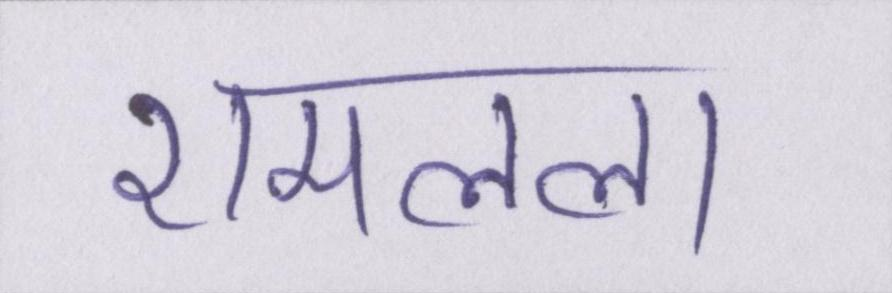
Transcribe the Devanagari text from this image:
रामलला